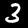
Digit: 3